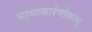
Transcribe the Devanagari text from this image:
भाष्यकारेणोक्तम्